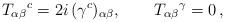
LaTeX: \begin{align*}T_{\alpha\beta}{}^c = 2i\,(\gamma^c)_{\alpha\beta}, \qquad T_{\alpha\beta}{}^\gamma = 0\, , \end{align*}